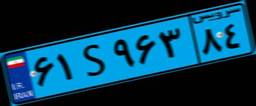
۶۱S۹۶۳۸۴